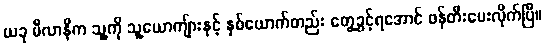
ယခု မီလာနီက သူ့ကို သူ့ယောကျ်ားနှင့် နှစ်ယောက်တည်း တွေ့ခွင့်ရအောင် ဖန်တီးပေးလိုက်ပြီ။